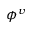
\phi ^ { v }